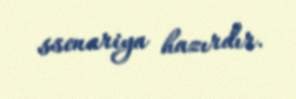
ssenariya hazırdır.